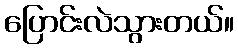
ပြောင်းလဲသွားတယ်။